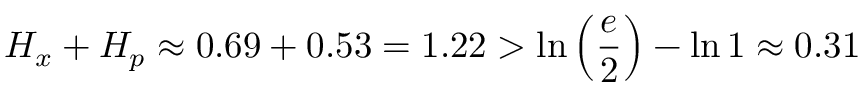
H _ { x } + H _ { p } \approx 0 . 6 9 + 0 . 5 3 = 1 . 2 2 > \ln \left( { \frac { e } { 2 } } \right) - \ln 1 \approx 0 . 3 1